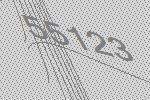
55123